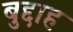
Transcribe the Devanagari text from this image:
बुद्दाह